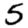
Digit: 5